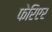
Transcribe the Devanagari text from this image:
फेरिएर